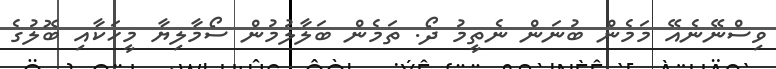
ވިސްނޭނެއޭ މަމެން ބުނަން ނެތީމު ދޯ. ތަމެން ބަލާލުމުން ސޯމާލިޔާ މީހަކާއި ބޮލުގެ